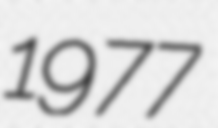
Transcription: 1977